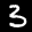
Label: 3